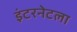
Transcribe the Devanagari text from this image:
इंटरनेटला